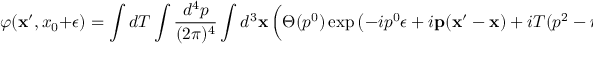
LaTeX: \varphi ( { \bf x } ^ { \prime } , x _ { 0 } + \epsilon ) = \int d T \int \frac { d ^ { 4 } p } { ( 2 \pi ) ^ { 4 } } \int d ^ { 3 } { \bf x } \left( \Theta ( p ^ { 0 } ) \exp \left( - i p ^ { 0 } \epsilon + i { \bf p } ( { \bf x } ^ { \prime } - { \bf x } ) + i T ( p ^ { 2 } - m ^ { 2 } ) \right) P ( \stackrel { \leftarrow } { \partial _ { 0 } } , \stackrel { \leftarrow } { \partial _ { k } } , \stackrel { \rightarrow } { \partial _ { 0 } } , \stackrel { \rightarrow } { \partial _ { k } } ) \varphi ( { \bf x } , x _ { 0 } ) \right) ,